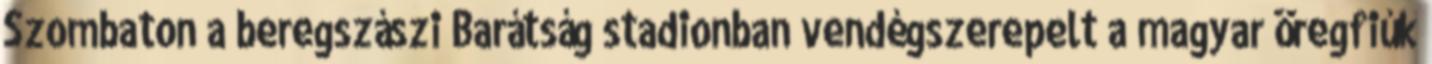
Szombaton a beregszászi Barátság stadionban vendégszerepelt a magyar öregfiúk